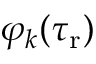
\varphi _ { k } ( \tau _ { \mathrm { r } } )